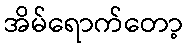
အိမ်ရောက်တော့